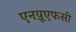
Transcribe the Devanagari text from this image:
एनय़ूएफसी